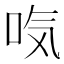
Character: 𰇜